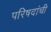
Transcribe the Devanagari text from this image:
परिषदांची